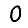
Digit: 0